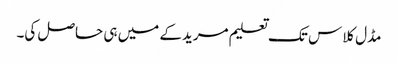
مڈل کلاس تک تعلیم مریدکے میں ہی حاصل کی۔